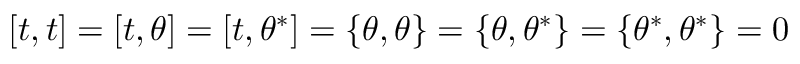
\left[ t , t \right] = \left[ t , \theta \right] = \left[ t , \theta ^ { * } \right] = \left\{ \theta , \theta \right\} = \left\{ \theta , \theta ^ { * } \right\} = \left\{ \theta ^ { * } , \theta ^ { * } \right\} = 0